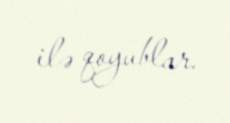
ilə qoyublar.